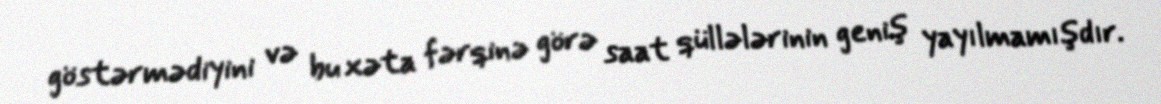
göstərmədiyini və bu xəta fərqinə görə saat qüllələrinin geniş yayılmamışdır.